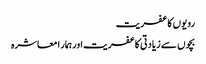
رویوں کا عفریت
بچوں سے زیادتی کا عفریت اور ہمار ا معاشرہ